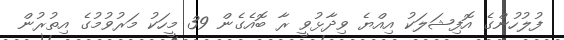
ފުލުހުންގެ އޮފިޝަލަކު އިއްޔެ ވިދާޅުވީ ރާ ބޮއެގެން 39 މީހަކު މަރުވުމުގެ އިތުރުން